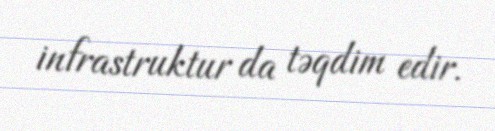
infrastruktur da təqdim edir.